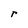
Character: r